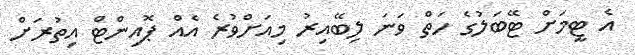
އެ ޓީމަށް ޓޭބަލުގެ ހަތް ވަނަ ލިބޭއިރު މިއަށްވުރެ އެއް ޕޮއިންޓް އިތުރަށް